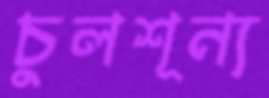
চুলশূন্য